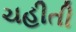
ચહીતી